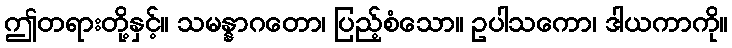
ဤတရားတို့နှင့်။ သမန္နာဂတော၊ ပြည့်စံသော။ ဥပါသကော၊ ဒါယကာကို။